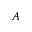
A